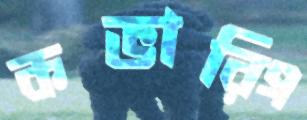
কভারিং